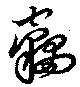
窃